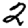
Digit: 2